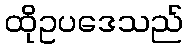
ထိုဥပဒေသည်